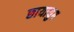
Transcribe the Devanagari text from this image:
छायायुग